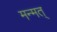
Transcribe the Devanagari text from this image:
मन्मत्